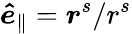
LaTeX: \boldsymbol{\hat{e}}_{\parallel}=\boldsymbol{r}^{s}/r^{s}